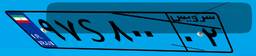
۴۹S۹۴۸۵۲